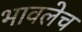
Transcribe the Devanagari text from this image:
भावलेच